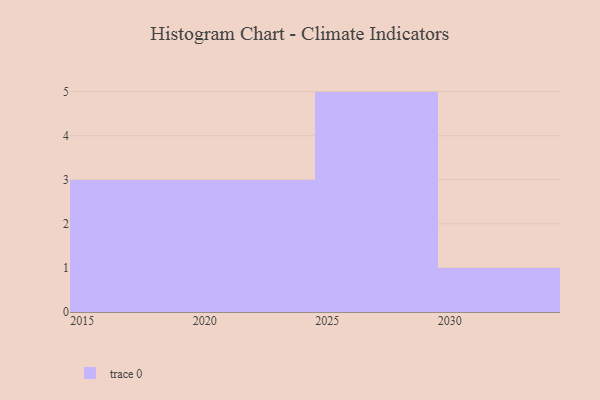
{"axis": {"x": "Year", "y": "Tickets Resolved"}, "legend": [""], "data": [{"x": "2026", "y": 62, "type": ""}, {"x": "2024", "y": 76, "type": ""}, {"x": "2023", "y": 89, "type": ""}, {"x": "2019", "y": 44, "type": ""}, {"x": "2029", "y": 88, "type": ""}, {"x": "2015", "y": 11, "type": ""}, {"x": "2018", "y": 89, "type": ""}, {"x": "2025", "y": 38, "type": ""}, {"x": "2028", "y": 61, "type": ""}, {"x": "2027", "y": 81, "type": ""}, {"x": "2022", "y": 15, "type": ""}, {"x": "2030", "y": 90, "type": ""}]}